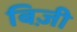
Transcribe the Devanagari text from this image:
बिज़ी